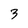
Character: 3